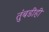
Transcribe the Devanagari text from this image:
तुंबडीही